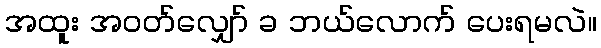
အထူး အဝတ်လျှော် ခ ဘယ်လောက် ပေးရမလဲ။